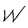
Character: W